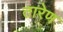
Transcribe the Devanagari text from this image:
तारेण